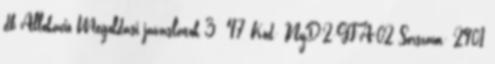
db Allokáció Megoldási javaslatok 3 47 Kód: NyD-2-GF-A-02 Sorszám: 2901